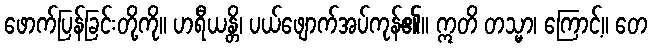
ဖောက်ပြန်ခြင်းတို့ကို။ ဟရီယန္တိ၊ ပယ်ဖျောက်အပ်ကုန်၏။ ဣတိ တသ္မာ၊ ကြောင့်။ တေ